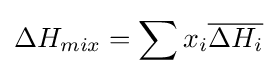
\Delta H_{mix}=\sum x_{i}{\overline {\Delta H_{i}}}